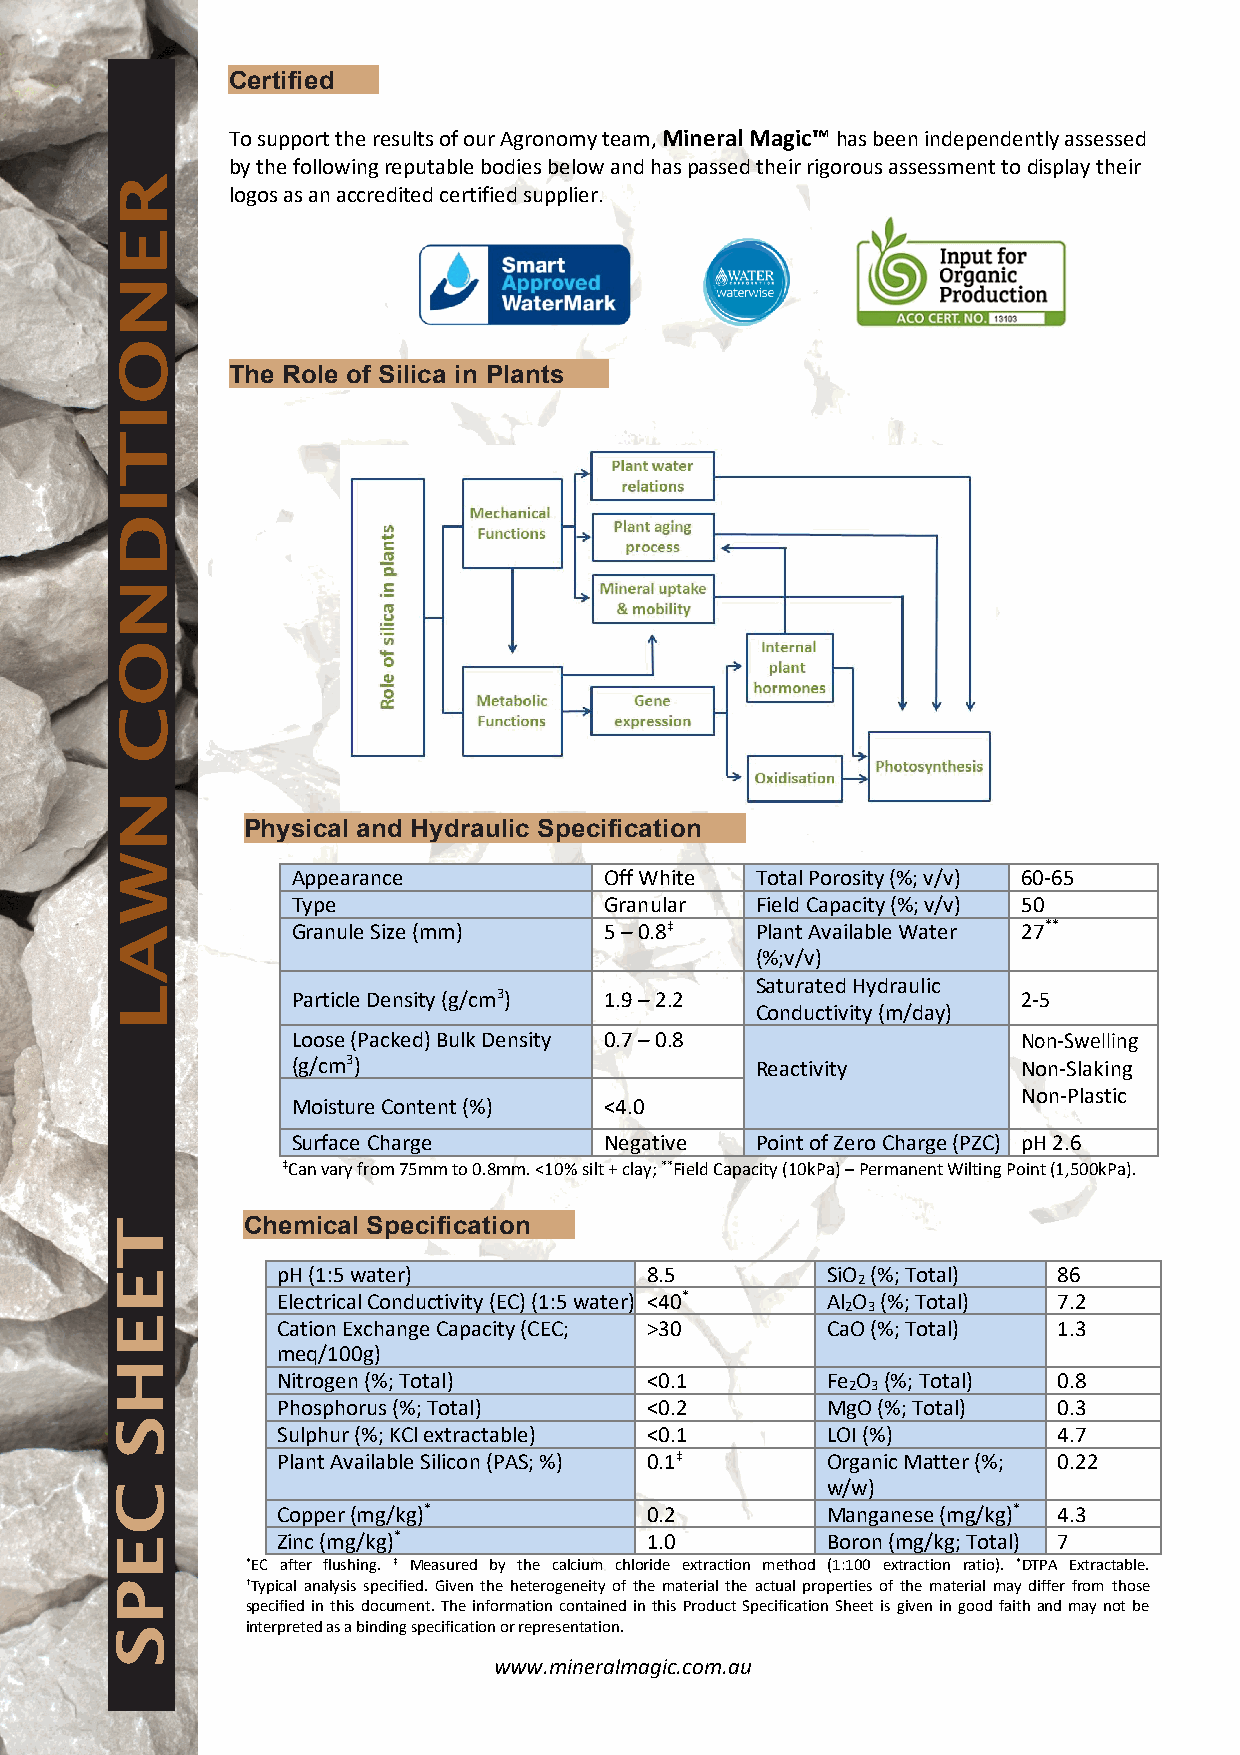
Certified
 To support the results of our Agronomy team, Mineral Magic™ has been independently assessed
 by the following reputable bodies below and has passed their rigorous assessment to display their
 logos as an accredited certified supplier.
 The Role of Silica in Plants
 Physical and Hydraulic Specification
 Appearance           Off White Total Porosity (%; v/v) 60‐65
 Type                 Granular  Field Capacity (%; v/v) 50
 Granule Size (mm)    5 – 0.8‡  Plant Available Water 27**
 (%;v/v)
 Saturated Hydraulic
 Particle Density (g/cm3) 1.9 – 2.2               2‐5
 Conductivity (m/day)
 Loose (Packed) Bulk Density 0.7 – 0.8            Non‐Swelling
 (g/cm3)                        Reactivity        Non‐Slaking
 Non‐Plastic
 Moisture Content (%) <4.0
 Surface Charge       Negative  Point of Zero Charge (PZC) pH 2.6
 ‡Can vary from 75mm to 0.8mm. <10% silt + clay; **Field Capacity (10kPa) – Permanent Wilting Point (1,500kPa).
 Chemical Specification
 pH (1:5 water)           8.5         SiO (%; Total) 86
 2
 Electrical Conductivity (EC) (1:5 water) <40* Al O (%; Total) 7.2
 2 3
 Cation Exchange Capacity (CEC; >30   CaO (%; Total) 1.3
 meq/100g)
 Nitrogen (%; Total)      <0.1        Fe O (%; Total) 0.8
 2 3
 Phosphorus (%; Total)    <0.2        MgO (%; Total) 0.3
 Sulphur (%; KCl extractable) <0.1    LOI (%)        4.7
 Plant Available Silicon (PAS; %) 0.1‡ Organic Matter (%; 0.22
 w/w)
 Copper (mg/kg)*          0.2         Manganese (mg/kg)* 4.3
 Zinc (mg/kg)*            1.0         Boron (mg/kg; Total) 7
 *EC after flushing. ‡ Measured by the calcium chloride extraction method (1:100 extraction ratio). *DTPA Extractable.
 †Typical analysis specified. Given the heterogeneity of the material the actual properties of the material may differ from those
 specified in this document. The information contained in this Product Specification Sheet is given in good faith and may not be
 interpreted as a binding specification or representation.
 www.mineralmagic.com.au
 RENOITIDNOC
 NWAL
 TEEHS
 CEPS